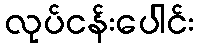
လုပ်ငန်းပေါင်း